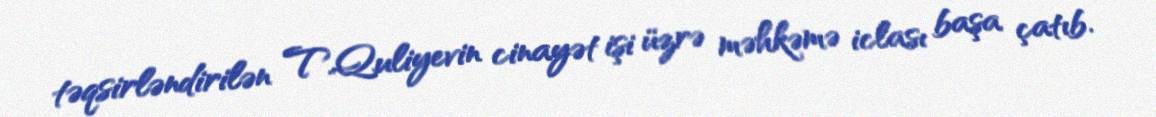
təqsirləndirilən T.Quliyevin cinayət işi üzrə məhkəmə iclası başa çatıb.